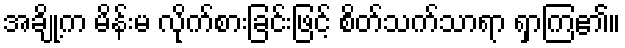
အချို့က မိန်းမ လိုက်စားခြင်းဖြင့် စိတ်သက်သာရာ ရှာကြ၏။